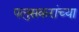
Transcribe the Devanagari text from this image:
पलुसकरांच्या